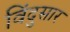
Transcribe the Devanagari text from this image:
विंदुसार